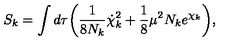
S _ { k } = \int d \tau \biggl ( { \frac { 1 } { 8 N _ { k } } } { \dot { \chi } _ { k } } ^ { 2 } + { \frac { 1 } { 8 } } \mu ^ { 2 } N _ { k } e ^ { \chi _ { k } } \biggr ) ,